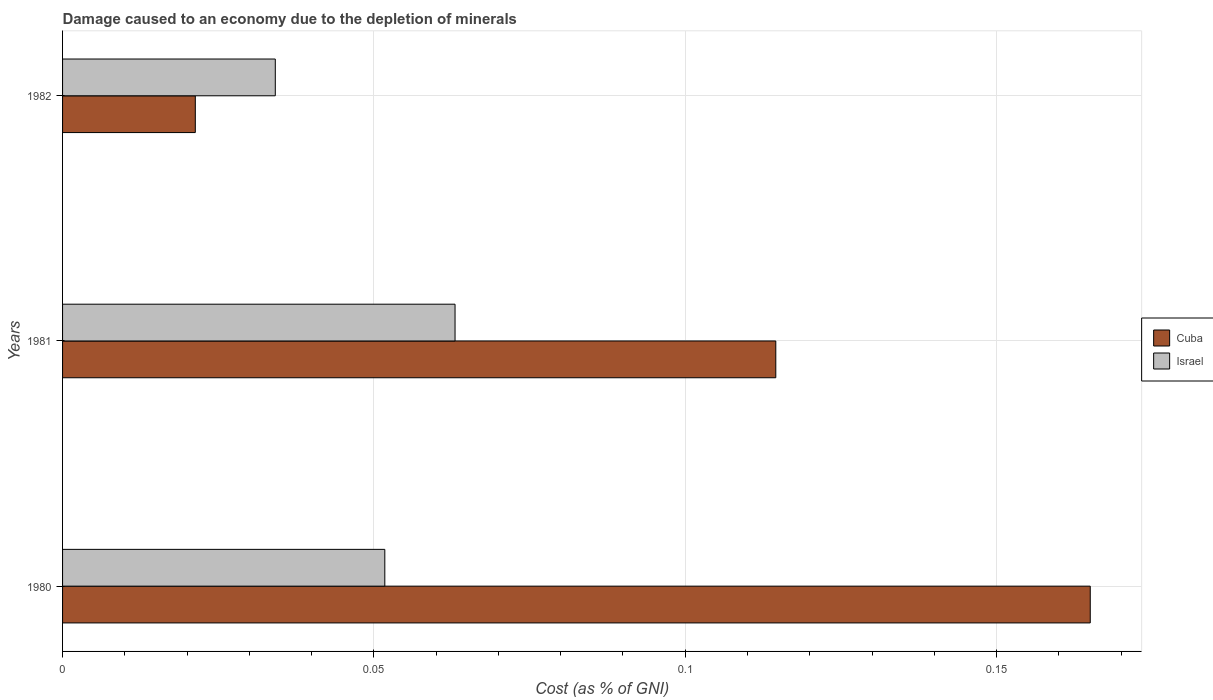
| Years | Cuba | Israel |
 | --- | --- | --- |
 | 1980 | 0.165 | 0.0518 |
 | 1981 | 0.115 | 0.063 |
 | 1982 | 0.0213 | 0.0342 |